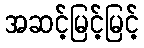
အဆင့်မြင့်မြင့်